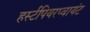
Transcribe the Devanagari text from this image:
हर्स्टपियरप्वायंट